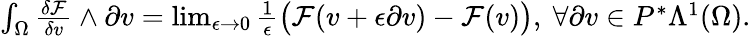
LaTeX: \begin{array}{r}{\int_{\Omega}\frac{\delta\mathcal{F}}{\delta v}\wedge\partial v=\operatorname*{lim}_{\epsilon\to 0}\frac{1}{\epsilon}\big(\mathcal{F}(v+\epsilon\partial v)-\mathcal{F}(v)\big),\ \forall\partial v\in P^{\ast}\Lambda^{1}(\Omega).}\end{array}